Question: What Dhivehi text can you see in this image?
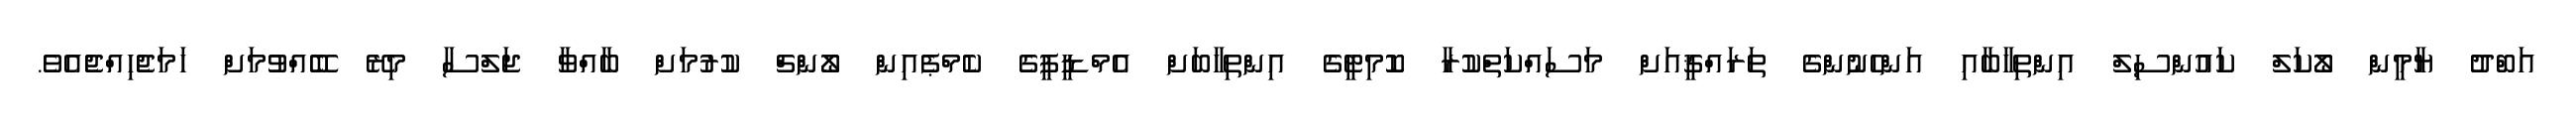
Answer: އަބްދު ޔާމީން ލޯކަލް ކައުންސިލް އިންތިހާބާއި އަންހެނުންގެ ތަރައްޤީއަށް މަސައްކަތްކުރާ ކޮމިޓީގެ އިންތިހާބަށް އެމްޑީޕީގެ ކެމްޕެއިން ލޯންޗް ކުރުމަށް ބާއްވާ ޖަލްސާ މިރޭ ބޭއްވުމަށް ހަމަޖެހިއްޖެއެވެ.